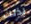
لذلك